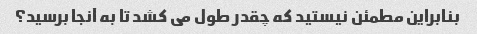
بنابراین مطمئن نیستید که چقدر طول می کشد تا به آنجا برسید؟